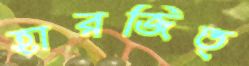
হারজিত্